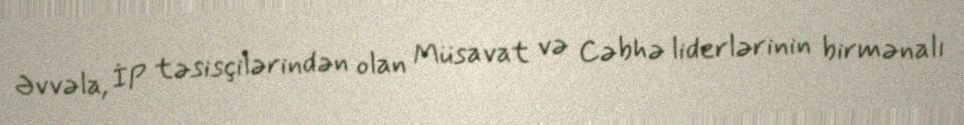
Əvvəla, İP təsisçilərindən olan Müsavat və Cəbhə liderlərinin birmənalı